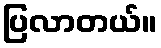
ပြလာတယ်။